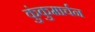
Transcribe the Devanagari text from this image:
कुंकुमार्चन